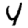
Digit: 4